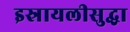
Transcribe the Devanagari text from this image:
इस्रायलीसुद्धा